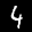
Label: 4